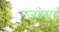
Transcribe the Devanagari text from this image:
नंजुंदेश्वर